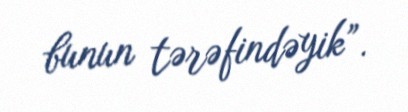
bunun tərəfindəyik”.